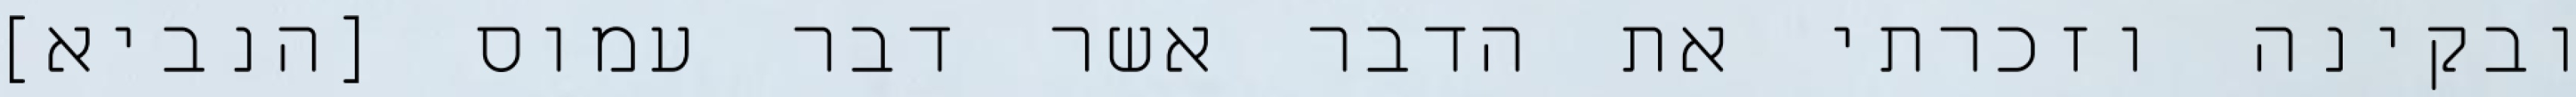
ובקינה וזכרתי את הדבר אשר דבר עמוס [הנביא]